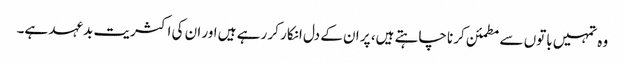
وہ تمہیں باتوں سے مطمئن کرنا چاہتے ہیں، پر ان کے دل انکار کر رہے ہیں اور ان کی اکثریت بدعہد ہے۔